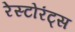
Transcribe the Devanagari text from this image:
रेस्टोरंट्स